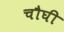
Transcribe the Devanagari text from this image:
चौघी